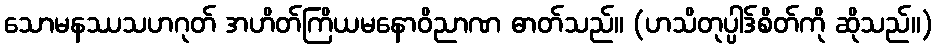
သောမနဿသဟဂုတ် အဟိတ်ကြိယမနောဝိညာဏ ဓာတ်သည်။ (ဟသိတုပ္ပါဒ်စိတ်ကို ဆိုသည်။)